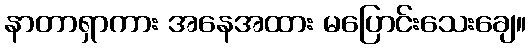
နာတာရှာကား အနေအထား မပြောင်းသေးချေ။